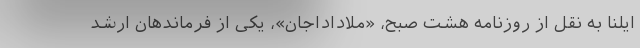
ایلنا به نقل از روزنامه هشت صبح، «ملاداداجان»، یکی از فرماندهان ارشد